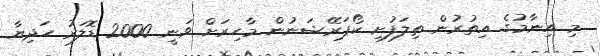
މި އިނާމުގެ އިތުރުން ތިލަފުށި ކޯޕަރޭޝަނުން މާހިރަށް ވަނީ 2000 ޑޮލަރު ހަދިޔާ